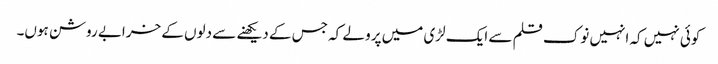
کوئی نہیں کہ انہیں نوک قلم سے ایک لڑی میں پرو لے کہ جس کے دیکھنے سے دلوں کے خرابے روشن ہوں۔